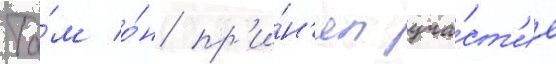
Та́м о́н пр'и́н'ял уча́ст'ие